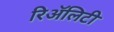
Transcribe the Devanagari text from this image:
रिॲलिटी